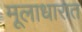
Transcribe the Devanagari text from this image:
मूलाधारात